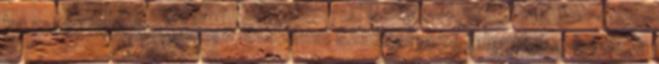
ha most hirtelen ekkora létszámú szakdolgozó jelentkező lenne, a